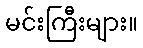
မင်းကြီးများ။